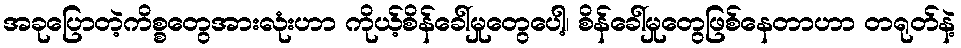
အခုပြောတဲ့ကိစ္စတွေအားလုံးဟာ ကိုယ့်စိန်ခေါ်မှုတွေပေါ့၊ စိန်ခေါ်မှုတွေဖြစ်နေတာဟာ တရုတ်နဲ့